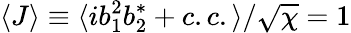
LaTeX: \langle J\rangle\equiv\langle ib_{1}^{2}b_{2}^{*}+c.c.\rangle/\sqrt{\chi}=1